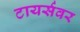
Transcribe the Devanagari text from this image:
टायर्सवर